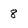
Character: 8